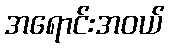
အရောင်းအဝယ်